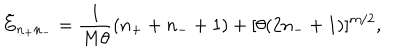
LaTeX: \tilde { E } _ { n _ { + } n _ { - } } = \frac { 1 } { M \theta } ( n _ { + } + n _ { - } + 1 ) + [ \theta ( 2 n _ { - } + 1 ) ] ^ { m / 2 } ,